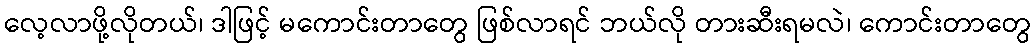
လေ့လာဖို့လိုတယ်၊ ဒါဖြင့် မကောင်းတာတွေ ဖြစ်လာရင် ဘယ်လို တားဆီးရမလဲ၊ ကောင်းတာတွေ